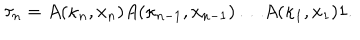
LaTeX: \tau _ { n } = A ( \kappa _ { n } , x _ { n } ) A ( \kappa _ { n - 1 } , x _ { n - 1 } ) \dots A ( \kappa _ { 1 } , x _ { 1 } ) 1 .